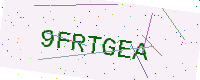
Text: 9FRTGEA